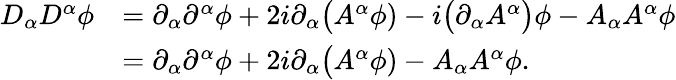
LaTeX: \begin{array}{rl}{D_{\alpha}D^{\alpha}\phi}&{=\partial_{\alpha}\partial^{\alpha}\phi+2i\partial_{\alpha}\big(A^{\alpha}\phi)-i\big(\partial_{\alpha}A^{\alpha}\big)\phi-A_{\alpha}A^{\alpha}\phi}\\ &{=\partial_{\alpha}\partial^{\alpha}\phi+2i\partial_{\alpha}\big(A^{\alpha}\phi)-A_{\alpha}A^{\alpha}\phi.}\end{array}